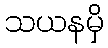
သယနမှိ